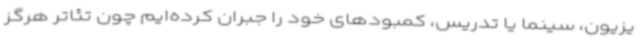
یزیون، سینما یا تدریس، کمبودهای خود را جبران کرده‌ایم چون تئاتر هرگز